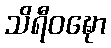
သိရီဝဍ္ဎော